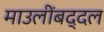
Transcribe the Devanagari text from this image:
माउलींबद्दल